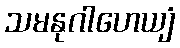
သမနုဂါဟေယျံ